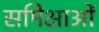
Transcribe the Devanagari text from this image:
समिक्षाओं